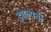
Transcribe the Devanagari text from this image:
झाल्यची